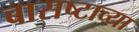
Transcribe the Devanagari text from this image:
बासष्टाव्या